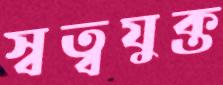
স্বত্বযুক্ত